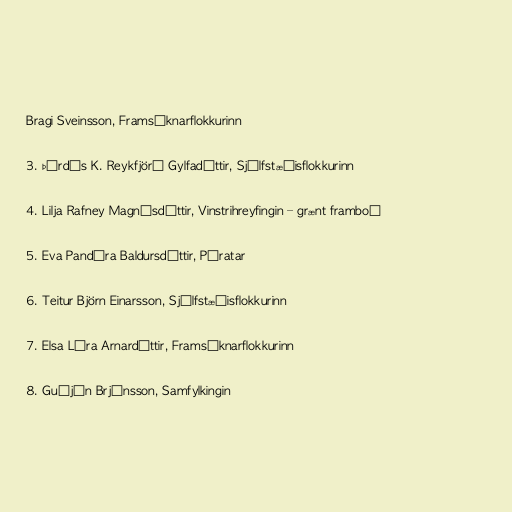
Bragi Sveinsson, Framsóknarflokkurinn

3. Þórdís K. Reykfjörð Gylfadóttir, Sjálfstæðisflokkurinn

4. Lilja Rafney Magnúsdóttir, Vinstrihreyfingin – grænt framboð

5. Eva Pandóra Baldursdóttir, Píratar

6. Teitur Björn Einarsson, Sjálfstæðisflokkurinn

7. Elsa Lára Arnardóttir, Framsóknarflokkurinn

8. Guðjón Brjánsson, Samfylkingin